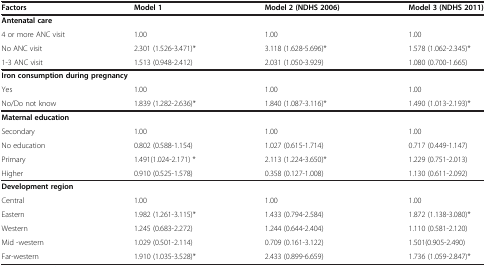
<table><thead><tr><td><b>Factors</b></td><td><b>Model 1</b></td><td><b>Model 2 (NDHS 2006)</b></td><td><b>Model 3 (NDHS 2011)</b></td></tr></thead><tbody><tr><td colspan="4"><b>Antenatal care</b></td></tr><tr><td>4 or more ANC visit</td><td>1.00</td><td>1.00</td><td>1.00</td></tr><tr><td>No ANC visit</td><td>2.301 (1.526-3.471)*</td><td>3.118 (1.628-5.696)*</td><td>1.578 (1.062-2.345)*</td></tr><tr><td>1-3 ANC visit</td><td>1.513 (0.948-2.412)</td><td>2.031 (1.050-3.929)</td><td>1.080 (0.700-1.665)</td></tr><tr><td colspan="4"><b>Iron consumption during pregnancy</b></td></tr><tr><td>Yes</td><td>1.00</td><td>1.00</td><td>1.00</td></tr><tr><td>No/Do not know</td><td>1.839 (1.282-2.636)*</td><td>1.840 (1.087-3.116)*</td><td>1.490 (1.013-2.193)*</td></tr><tr><td colspan="4"><b>Maternal education</b></td></tr><tr><td>Secondary</td><td>1.00</td><td>1.00</td><td>1.00</td></tr><tr><td>No education</td><td>0.802 (0.588-1.154)</td><td>1.027 (0.615-1.714)</td><td>0.717 (0.449-1.147)</td></tr><tr><td>Primary</td><td>1.491(1.024-2.171) *</td><td>2.113 (1.224-3.650)*</td><td>1.229 (0.751-2.013)</td></tr><tr><td>Higher</td><td>0.910 (0.525-1.578)</td><td>0.358 (0.127-1.008)</td><td>1.130 (0.611-2.092)</td></tr><tr><td colspan="4"><b>Development region</b></td></tr><tr><td>Central</td><td>1.00</td><td>1.00</td><td>1.00</td></tr><tr><td>Eastern</td><td>1.982 (1.261-3.115)*</td><td>1.433 (0.794-2.584)</td><td>1.872 (1.138-3.080)*</td></tr><tr><td>Western</td><td>1.245 (0.683-2.272)</td><td>1.244 (0.644-2.404)</td><td>1.110 (0.581-2.120)</td></tr><tr><td>Mid -western</td><td>1.029 (0.501-2.114)</td><td>0.709 (0.161-3.122)</td><td>1.501(0.905-2.490)</td></tr><tr><td>Far-western</td><td>1.910 (1.035-3.528)*</td><td>2.433 (0.899-6.659)</td><td>1.736 (1.059-2.847)*</td></tr></tbody></table>